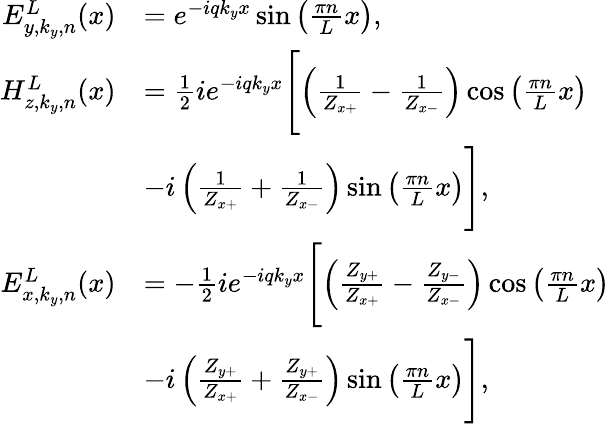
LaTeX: \begin{array}{rl}{E_{y,k_{y},n}^{L}(x)}&{=e^{-iqk_{y}x}\sin\left(\frac{\pi n}{L}x\right),}\\ {H_{z,k_{y},n}^{L}(x)}&{=\frac{1}{2}ie^{-iqk_{y}x}\Biggl[\left(\frac{1}{Z_{x+}}-\frac{1}{Z_{x-}}\right)\cos\left(\frac{\pi n}{L}x\right)}\\ &{-i\left(\frac{1}{Z_{x+}}+\frac{1}{Z_{x-}}\right)\sin\left(\frac{\pi n}{L}x\right)\Biggr],}\\ {E_{x,k_{y},n}^{L}(x)}&{=-\frac{1}{2}ie^{-iqk_{y}x}\Biggl[\left(\frac{Z_{y+}}{Z_{x+}}-\frac{Z_{y-}}{Z_{x-}}\right)\cos\left(\frac{\pi n}{L}x\right)}\\ &{-i\left(\frac{Z_{y+}}{Z_{x+}}+\frac{Z_{y+}}{Z_{x-}}\right)\sin\left(\frac{\pi n}{L}x\right)\Biggr],}\end{array}